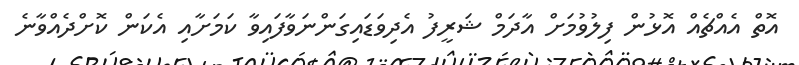
އޮތް އެއްޗެއް އޮޅުން ފިލުވުމަށް އާދަމް ޝަރީފު އެދިވަޑައިގަންނަވާފައިވާ ކަމަށާއި އެކަން ކޮށްދެއްވާނެ